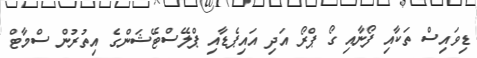
ޑިވައިސް ތަކާއި ފޯނާއި ގޯ ޕްރޯ އަދި އައިޕެޑާއި ޕްލޭސްޓޭޝަންގެ އިތުރުން ސްމާޓް